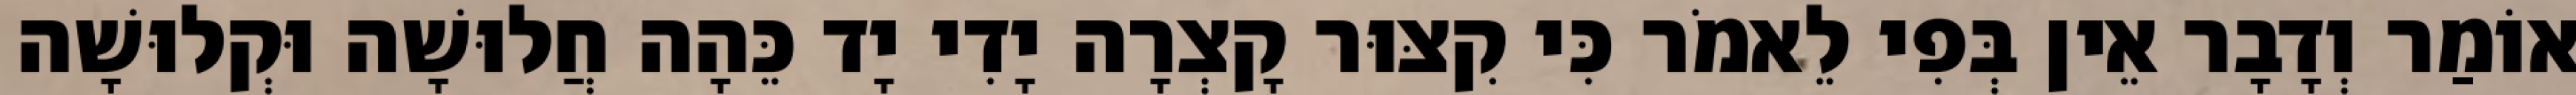
אוֹמַר וְדָבָר אֵין בְּפִי לֵאמֹר כִּי קִצּוּר קָצְרָה יָדִי יָד כֵּהָה חֲלוּשָׁה וּקְלוּשָׁה